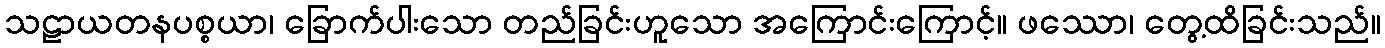
သဠာယတနပစ္စယာ၊ ခြောက်ပါးသော တည်ခြင်းဟူသော အကြောင်းကြောင့်။ ဖဿော၊ တွေ့ထိခြင်းသည်။